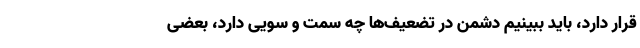
قرار دارد، باید ببینیم دشمن در تضعیف‌ها چه سمت و سویی دارد، بعضی